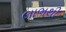
લાભથી